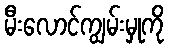
မီးလောင်ကျွမ်းမှုကို